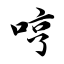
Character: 哼